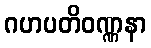
ဂဟပတိဝဏ္ဏနာ